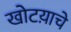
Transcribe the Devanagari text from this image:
खोटय़ाचे